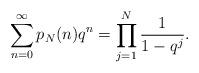
LaTeX: \begin{align*}\sum_{n=0}^\infty p_N(n) q^n = \prod_{j=1}^N \frac{1}{1-q^j}.\end{align*}